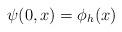
LaTeX: \begin{align*}\psi (0,x)=\phi _{h}(x) \end{align*}